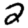
Digit: 2